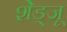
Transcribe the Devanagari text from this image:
शेड्जू